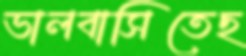
ভালবাসিতেছ